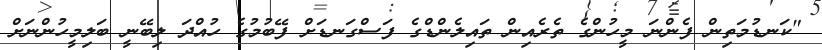
"ކަނޑުމަތިން ފެންނަ މީހުންގެ ތެރެއިން ތައިލެންޑްގެ ފަސްގަނޑަށް ފޭބުމުގެ ހުއްދަ ލިބޭނީ ބަލިމީހުންނަށް